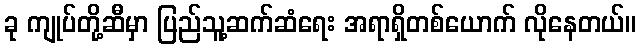
ခု ကျုပ်တို့ဆီမှာ ပြည်သူ့ဆက်ဆံရေး အရာရှိတစ်ယောက် လိုနေတယ်။